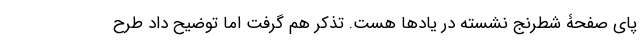
پای صفحۀ شطرنج نشسته در یادها هست. تذکر هم گرفت اما توضیح داد طرح